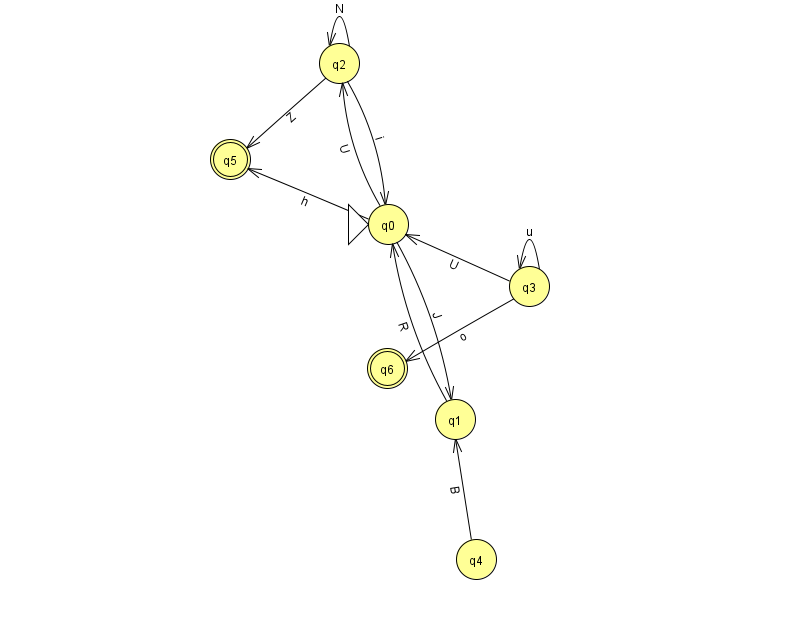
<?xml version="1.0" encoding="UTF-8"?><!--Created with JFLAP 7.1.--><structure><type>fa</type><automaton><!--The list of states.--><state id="0" name="q0"><x>388.0</x><y>211.0</y><initial/></state><state id="1" name="q1"><x>455.0</x><y>406.0</y></state><state id="2" name="q2"><x>339.0</x><y>50.0</y></state><state id="3" name="q3"><x>529.0</x><y>273.0</y></state><state id="4" name="q4"><x>476.0</x><y>546.0</y></state><state id="5" name="q5"><x>230.0</x><y>146.0</y><final/></state><state id="6" name="q6"><x>387.0</x><y>355.0</y><final/></state><!--The list of transitions.--><transition><from>1</from><to>0</to><read>R</read></transition><transition><from>0</from><to>5</to><read>h</read></transition><transition><from>4</from><to>1</to><read>B</read></transition><transition><from>2</from><to>0</to><read>i</read></transition><transition><from>3</from><to>3</to><read>u</read></transition><transition><from>3</from><to>0</to><read>U</read></transition><transition><from>0</from><to>1</to><read>J</read></transition><transition><from>0</from><to>2</to><read>U</read></transition><transition><from>2</from><to>5</to><read>Z</read></transition><transition><from>2</from><to>2</to><read>N</read></transition><transition><from>3</from><to>6</to><read>o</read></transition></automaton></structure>